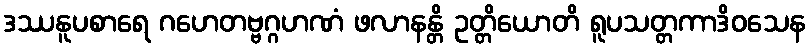
ဒဿနူပစာရေ ဂဟေတဗ္ဗဂ္ဂဟဏံ ဖလာနန္တိ ဥတ္တိယောတိ ရူပသတ္တကာဒိဝသေန